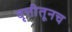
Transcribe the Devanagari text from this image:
वृत्तीतूनच